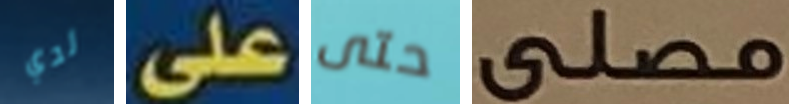
لدي على حتى مصلى